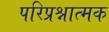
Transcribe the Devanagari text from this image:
परिप्रश्नात्मक